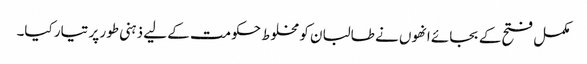
مکمل فتح کے بجائے انھوں نے طالبان کو مخلوط حکومت کے لیے ذہنی طور پر تیار کیا۔